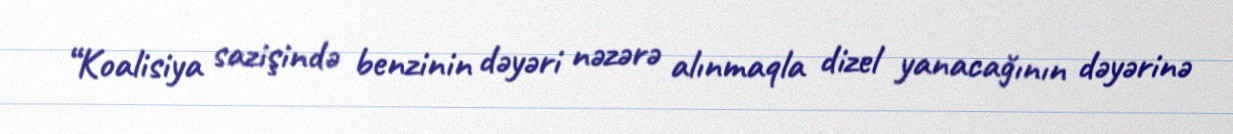
“Koalisiya sazişində benzinin dəyəri nəzərə alınmaqla dizel yanacağının dəyərinə